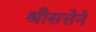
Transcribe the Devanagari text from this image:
श्रीसत्तेने